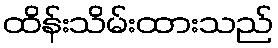
ထိန်းသိမ်းထားသည်